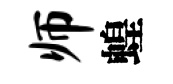
师蝗